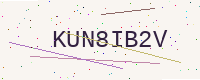
Text: KUN8IB2V